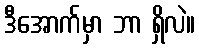
ဒီအောက်မှာ ဘာ ရှိလဲ။